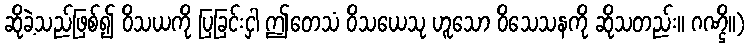
ဆိုခဲ့သည်ဖြစ်၍ ဝိသယကို ပြခြင်းငှါ ဤတေသံ ဝိသယေသု ဟူသော ဝိသေသနကို ဆိုသတည်း။ ဂဏ္ဌိ။)